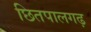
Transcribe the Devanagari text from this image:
छितपालगढ़